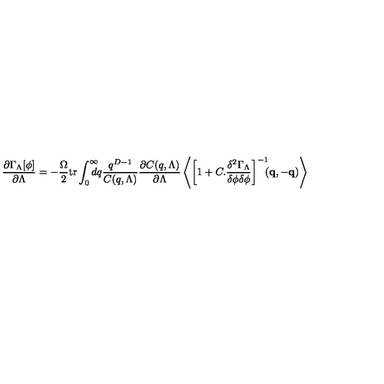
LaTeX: \frac { \partial \Gamma _ { \Lambda } [ \phi ] } { \partial \Lambda } = - \frac { \Omega } { 2 } \mathrm { t r } \int _ { 0 } ^ { \infty } \! \! \! \! \! d q \frac { q ^ { D - 1 } } { C ( q , \Lambda ) } \frac { \partial C ( q , \Lambda ) } { \partial \Lambda } \left\langle \left[ 1 + C . \frac { \delta ^ { 2 } \Gamma _ { \Lambda } } { \delta \phi \delta \phi } \right] ^ { - 1 } \! \! \! ( \mathbf { q } , \mathbf { - q } ) \right\rangle